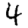
Digit: 4